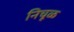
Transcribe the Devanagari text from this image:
निचूळ